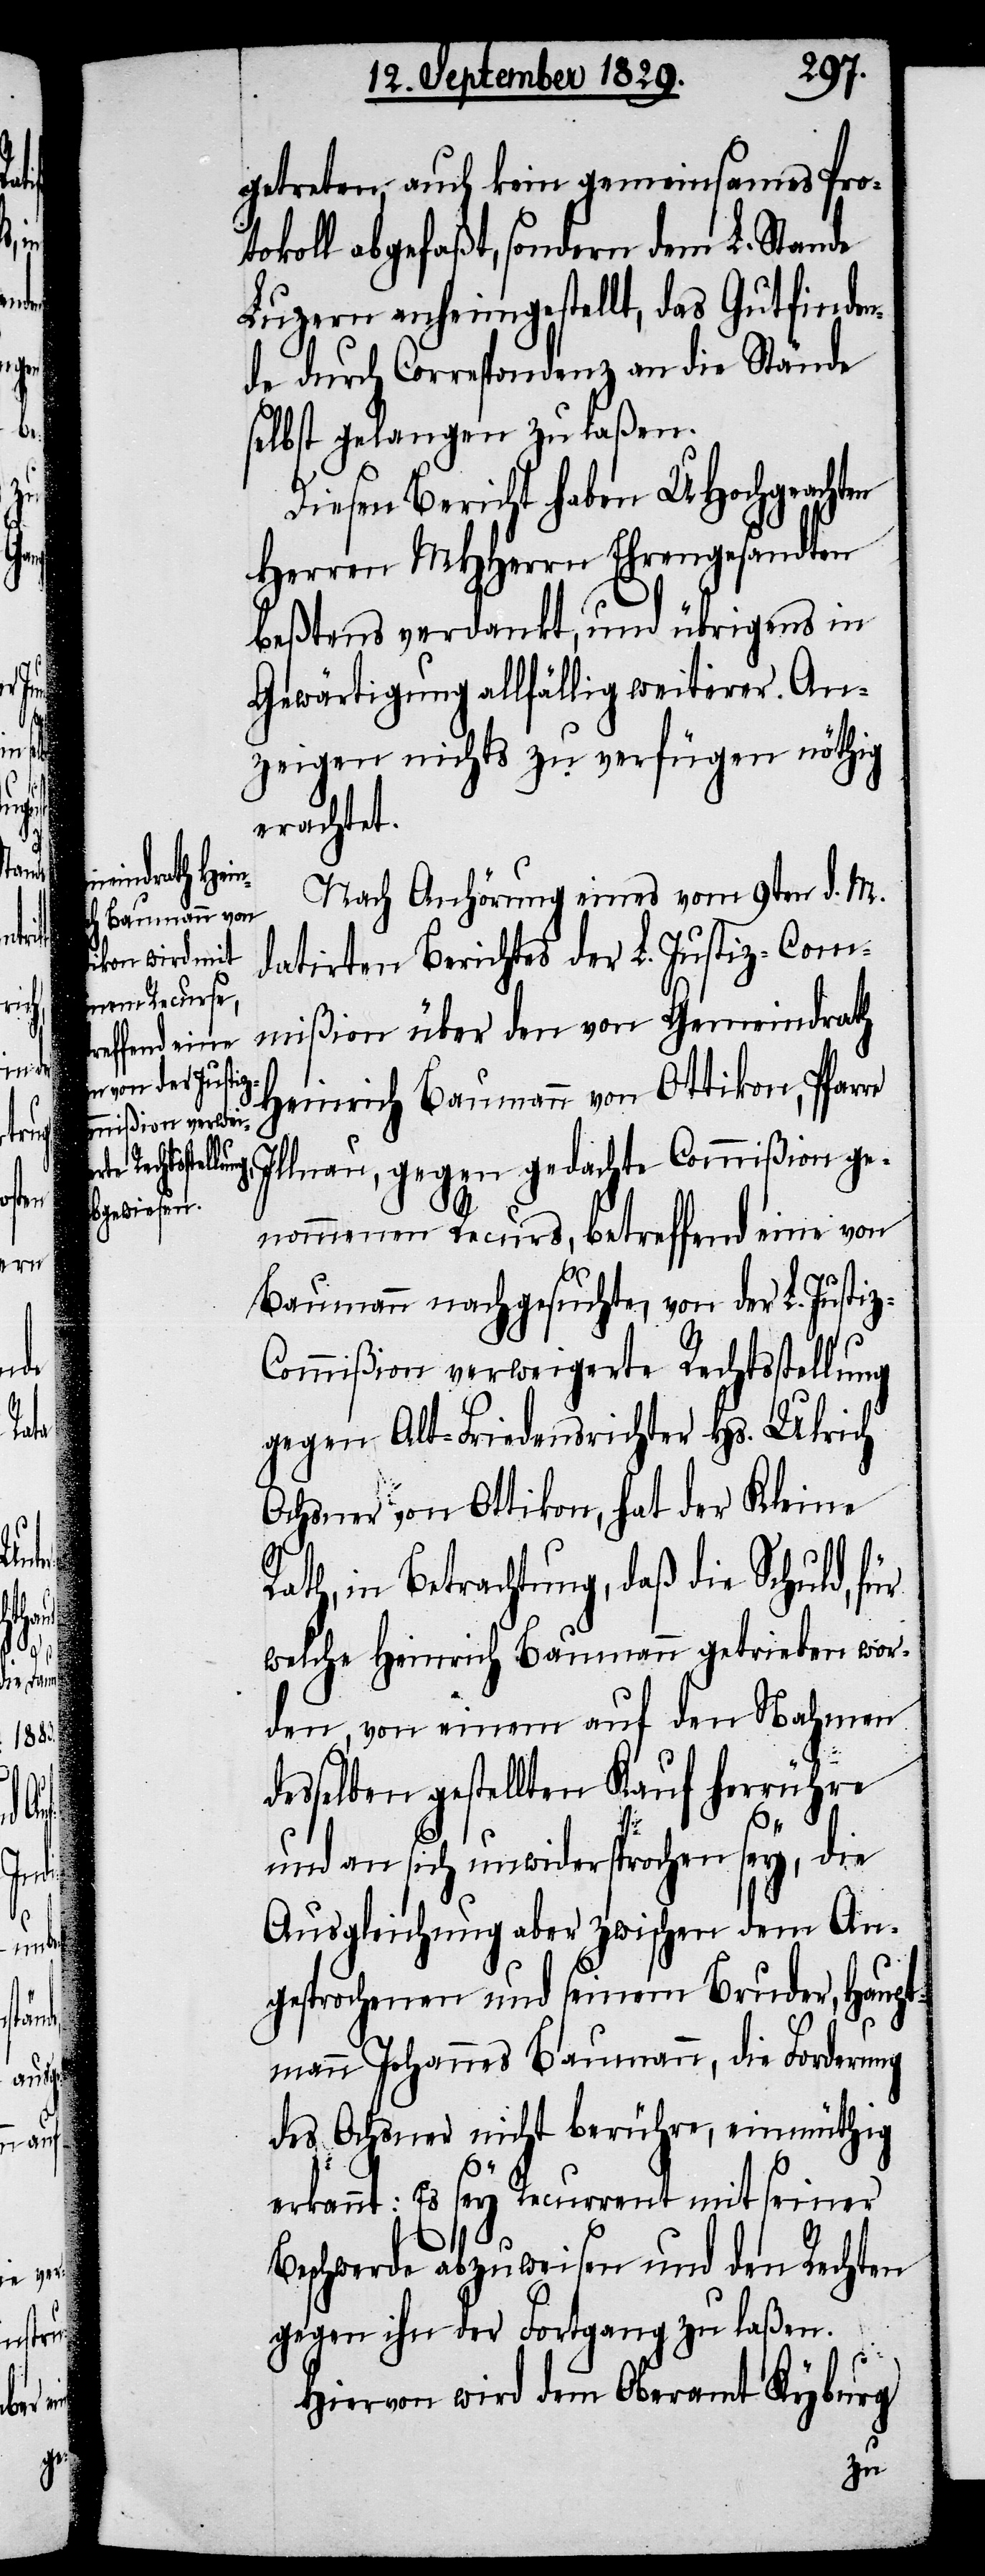
Nach Anhörung eines vom 9ten d. M.
datirten Berichtes der L. Justiz-Com¬
mißion über den von Gemeindrath
Heinrich Baumann von Ottikon, Pfar¬
re Illnau, gegen gedachte Commißion ge¬
nommenen Recurs, betreffend eine von
Baumann nachgesuchte, von der L. Justiz-C¬
ommißion verweigerte Rechtsstellung
gegen Alt-Friedensrichter Hs. Ulrich
Ochsner von Ottikon, hat der Kleine
Rath, in Betrachtung, daß die Schuld, für
welche Heinrich Baumann getrieben wor¬
den, von einem auf den Nahmen
desselben gestellten Kauf herrühre
und an sich unwidersprochen sey, die
Ausgleichung aber zwischen dem An¬
gesprochenen und seinem Bruder, Haupt¬
mann Johannes Baumann, die Forderung
des Ochsner nicht berühre, einmüthig
erkannt: Es sey Recurrent mit seiner
Beschwerde abzuweisen und den Rechten
gegen ihn der Fortgang zu laßen.
Hiervon wird dem Oberamt Kyburg